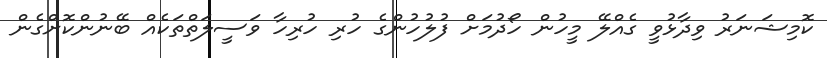
ކޮމިޝަނަރު ވިދާޅުވީ ގެއްލޭ މީހުން ހޯދުމަށް ފުލުހުންގެ ހުރި ހުރިހާ ވަސީލަތްތަކެއް ބޭނުންކޮށްގެން